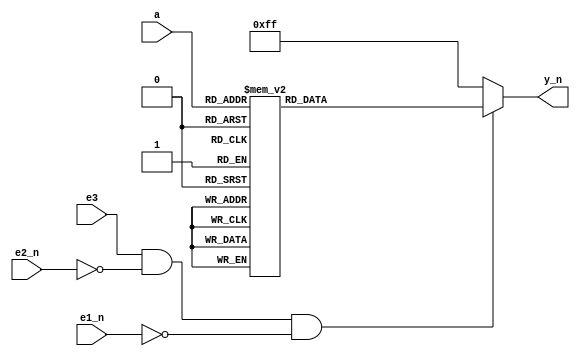
///////////////////////////////////////////////////////////////////////////////
//  Copyright 2018 Fredrik A. Kristiansen
//  Permission is hereby granted, free of charge, to any person obtaining a 
//  copy of this software and associated documentation files (the "Software"), 
//  to deal in the Software without restriction, including without limitation 
//  the rights to use, copy, modify, merge, publish, distribute, sublicense, 
//  and/or sell copies of the Software, and to permit persons to whom the 
//  Software is furnished to do so, subject to the following conditions:
//
//  The above copyright notice and this permission notice shall be included in 
//  all copies or substantial portions of the Software.
//
//  THE SOFTWARE IS PROVIDED "AS IS", WITHOUT WARRANTY OF ANY KIND, EXPRESS 
//  OR IMPLIED, INCLUDING BUT NOT LIMITED TO THE WARRANTIES OF MERCHANTABILITY, 
//  FITNESS FOR A PARTICULAR PURPOSE AND NONINFRINGEMENT. IN NO EVENT SHALL THE 
//  AUTHORS OR COPYRIGHT HOLDERS BE LIABLE FOR ANY CLAIM, DAMAGES OR OTHER 
//  LIABILITY, WHETHER IN AN ACTION OF CONTRACT, TORT OR OTHERWISE, ARISING 
//  FROM, OUT OF OR IN CONNECTION WITH THE SOFTWARE OR THE USE OR OTHER 
//  DEALINGS IN THE SOFTWARE.
///////////////////////////////////////////////////////////////////////////////
`ifndef GLUE_DECODER_3_TO_8_V
`define GLUE_DECODER_3_TO_8_V

module decoder_3_to_8(
	input  [2:0]     a,
	input            e1_n,
	input            e2_n,
	input            e3,
	output reg [7:0] y_n
);

	always @(e1_n or e2_n or e3 or a)
	begin
		if(e3 & ~e2_n & ~e1_n)
			case(a)
				0: y_n = 8'b11111110;
				1: y_n = 8'b11111101;
				2: y_n = 8'b11111011;
				3: y_n = 8'b11110111;
				4: y_n = 8'b11101111;
				5: y_n = 8'b11011111;
				6: y_n = 8'b10111111;
				7: y_n = 8'b01111111;
				default:
					y_n = 8'b11111111;
			endcase
		else
			y_n = 8'b11111111;
	end
endmodule

`endif